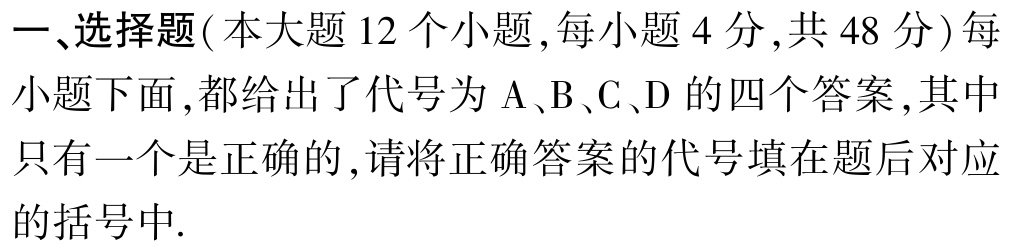
一、选择题(本大题 12 个小题, 每小题 4 分, 共 48 分) 每小题下面, 都给出了代号为 A、B、C、D 的四个答案, 其中只有一个是正确的, 请将正确答案的代号填在题后对应的括号中.